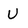
Character: U